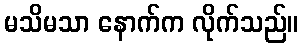
မသိမသာ နောက်က လိုက်သည်။